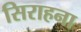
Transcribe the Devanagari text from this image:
सिराहना